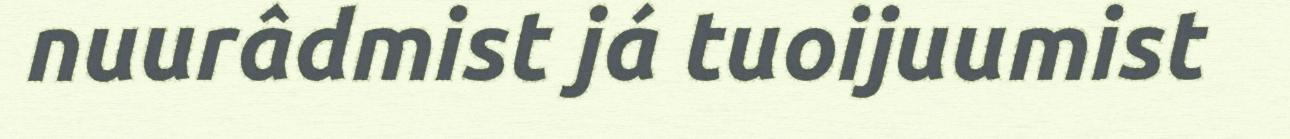
nuurâdmist já tuoijuumist